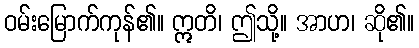
ဝမ်းမြောက်ကုန်၏။ ဣတိ၊ ဤသို့။ အာဟ၊ ဆို၏။